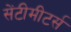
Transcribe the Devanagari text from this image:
सेंटीमीटर्स